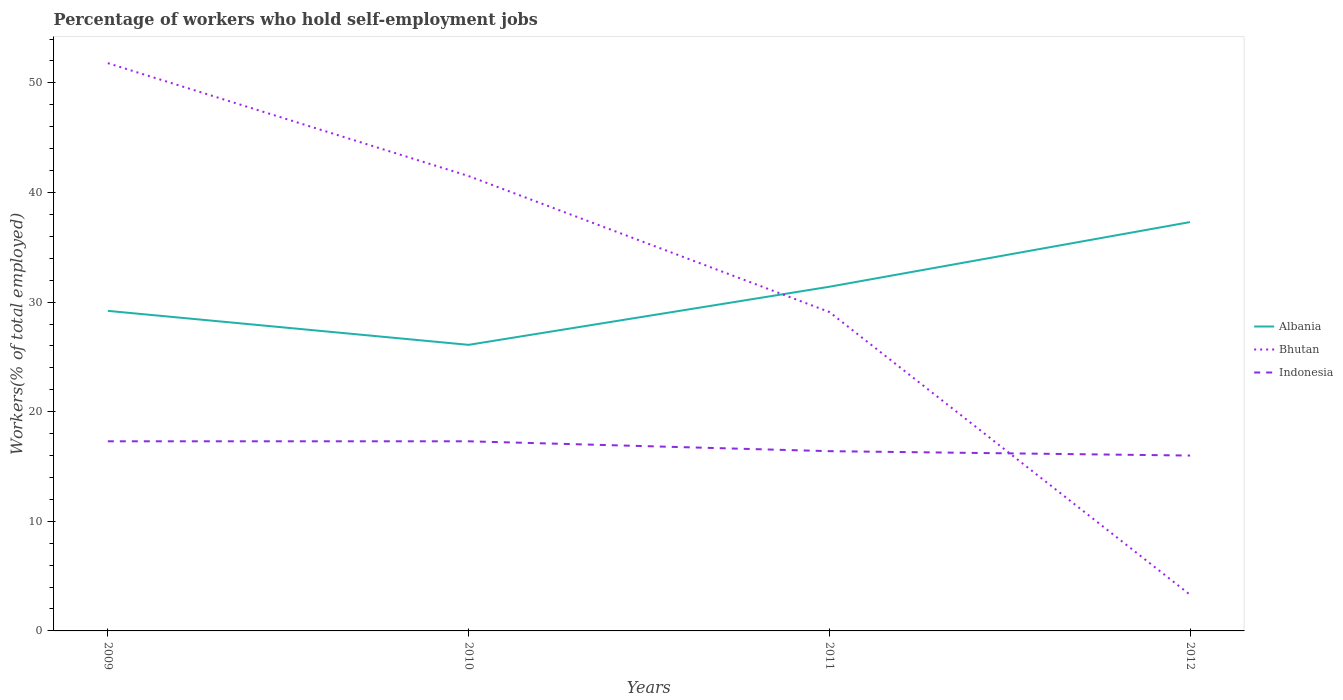
| Years | Albania | Bhutan | Indonesia |
 | --- | --- | --- | --- |
 | 2009 | 29.2 | 51.8 | 17.3 |
 | 2010 | 26.1 | 41.5 | 17.3 |
 | 2011 | 31.4 | 29.1 | 16.4 |
 | 2012 | 37.3 | 3.3 | 16 |